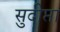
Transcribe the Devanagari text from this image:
सुदीप्ता